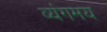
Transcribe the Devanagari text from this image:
व्यंगमय